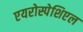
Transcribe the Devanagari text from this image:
एयरोस्पेशिएल